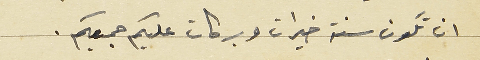
ان تكون سنة خيرات وبركات عليكم جميعكم.